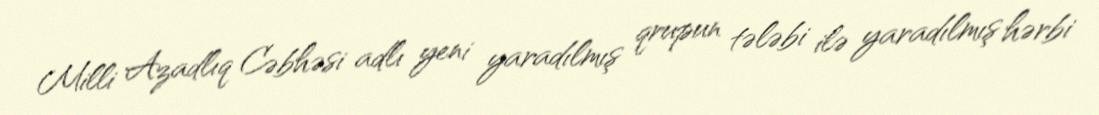
Milli Azadlıq Cəbhəsi adlı yeni yaradılmış qrupun tələbi ilə yaradılmış hərbi